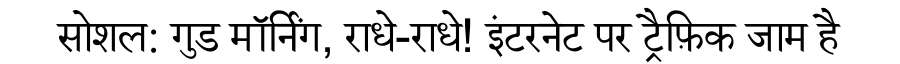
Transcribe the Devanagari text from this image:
सोशल: गुड मॉर्निंग, राधे-राधे! इंटरनेट पर ट्रैफ़िक जाम है